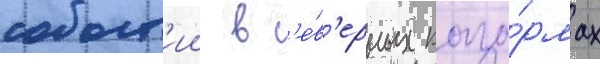
событ'ии в с'е́в'ерных каза́рмах